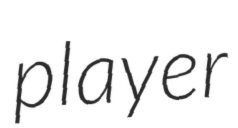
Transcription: player